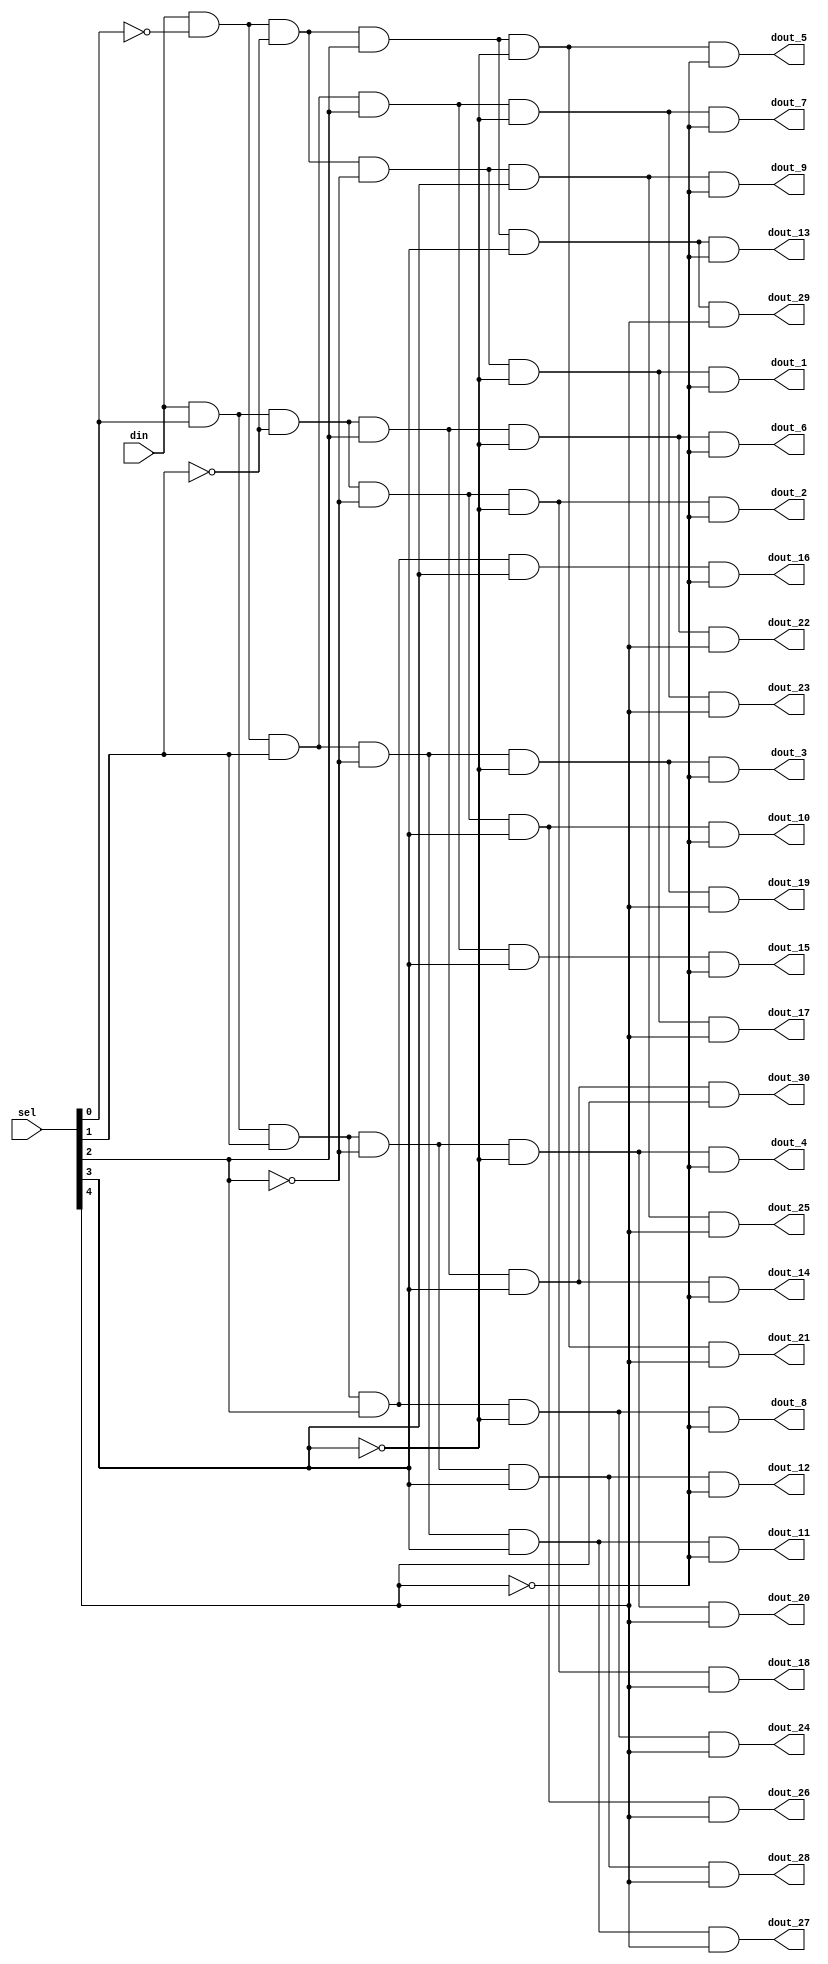
`timescale 1ns / 1ps



module 
 demux_1_to_30 
(
	input  din,
	input  [4:0] sel,
	output dout_1,
	output dout_2,
	output dout_3,
	output dout_4,
	output dout_5,
	output dout_6,
	output dout_7,
	output dout_8,
	output dout_9,
	output dout_10,
	output dout_11,
	output dout_12,
	output dout_13,
	output dout_14,
	output dout_15,
	output dout_16,
	output dout_17,
	output dout_18,
	output dout_19,
	output dout_20,
	output dout_21,
	output dout_22,
	output dout_23,
	output dout_24,
	output dout_25,
	output dout_26,
	output dout_27,
	output dout_28,
	output dout_29,
	output dout_30
);

	assign dout_1	= din & ( ~sel[0] ) & ( ~sel[1] ) & ( ~sel[2] ) & ( ~sel[3] ) & ( ~sel[4] );
	assign dout_2	= din & (  sel[0] ) & ( ~sel[1] ) & ( ~sel[2] ) & ( ~sel[3] ) & ( ~sel[4] );
	assign dout_3	= din & ( ~sel[0] ) & (  sel[1] ) & ( ~sel[2] ) & ( ~sel[3] ) & ( ~sel[4] );
	assign dout_4	= din & (  sel[0] ) & (  sel[1] ) & ( ~sel[2] ) & ( ~sel[3] ) & ( ~sel[4] );
	assign dout_5	= din & ( ~sel[0] ) & ( ~sel[1] ) & (  sel[2] ) & ( ~sel[3] ) & ( ~sel[4] );
	assign dout_6	= din & (  sel[0] ) & ( ~sel[1] ) & (  sel[2] ) & ( ~sel[3] ) & ( ~sel[4] );
	assign dout_7	= din & ( ~sel[0] ) & (  sel[1] ) & (  sel[2] ) & ( ~sel[3] ) & ( ~sel[4] );
	assign dout_8	= din & (  sel[0] ) & (  sel[1] ) & (  sel[2] ) & ( ~sel[3] ) & ( ~sel[4] );
	assign dout_9	= din & ( ~sel[0] ) & ( ~sel[1] ) & ( ~sel[2] ) & (  sel[3] ) & ( ~sel[4] );
	assign dout_10	= din & (  sel[0] ) & ( ~sel[1] ) & ( ~sel[2] ) & (  sel[3] ) & ( ~sel[4] );
	assign dout_11	= din & ( ~sel[0] ) & (  sel[1] ) & ( ~sel[2] ) & (  sel[3] ) & ( ~sel[4] );
	assign dout_12	= din & (  sel[0] ) & (  sel[1] ) & ( ~sel[2] ) & (  sel[3] ) & ( ~sel[4] );
	assign dout_13	= din & ( ~sel[0] ) & ( ~sel[1] ) & (  sel[2] ) & (  sel[3] ) & ( ~sel[4] );
	assign dout_14	= din & (  sel[0] ) & ( ~sel[1] ) & (  sel[2] ) & (  sel[3] ) & ( ~sel[4] );
	assign dout_15	= din & ( ~sel[0] ) & (  sel[1] ) & (  sel[2] ) & (  sel[3] ) & ( ~sel[4] );
	assign dout_16	= din & (  sel[0] ) & (  sel[1] ) & (  sel[2] ) & (  sel[3] ) & ( ~sel[4] );
	assign dout_17	= din & ( ~sel[0] ) & ( ~sel[1] ) & ( ~sel[2] ) & ( ~sel[3] ) & (  sel[4] );
	assign dout_18	= din & (  sel[0] ) & ( ~sel[1] ) & ( ~sel[2] ) & ( ~sel[3] ) & (  sel[4] );
	assign dout_19	= din & ( ~sel[0] ) & (  sel[1] ) & ( ~sel[2] ) & ( ~sel[3] ) & (  sel[4] );
	assign dout_20	= din & (  sel[0] ) & (  sel[1] ) & ( ~sel[2] ) & ( ~sel[3] ) & (  sel[4] );
	assign dout_21	= din & ( ~sel[0] ) & ( ~sel[1] ) & (  sel[2] ) & ( ~sel[3] ) & (  sel[4] );
	assign dout_22	= din & (  sel[0] ) & ( ~sel[1] ) & (  sel[2] ) & ( ~sel[3] ) & (  sel[4] );
	assign dout_23	= din & ( ~sel[0] ) & (  sel[1] ) & (  sel[2] ) & ( ~sel[3] ) & (  sel[4] );
	assign dout_24	= din & (  sel[0] ) & (  sel[1] ) & (  sel[2] ) & ( ~sel[3] ) & (  sel[4] );
	assign dout_25	= din & ( ~sel[0] ) & ( ~sel[1] ) & ( ~sel[2] ) & (  sel[3] ) & (  sel[4] );
	assign dout_26	= din & (  sel[0] ) & ( ~sel[1] ) & ( ~sel[2] ) & (  sel[3] ) & (  sel[4] );
	assign dout_27	= din & ( ~sel[0] ) & (  sel[1] ) & ( ~sel[2] ) & (  sel[3] ) & (  sel[4] );
	assign dout_28	= din & (  sel[0] ) & (  sel[1] ) & ( ~sel[2] ) & (  sel[3] ) & (  sel[4] );
	assign dout_29	= din & ( ~sel[0] ) & ( ~sel[1] ) & (  sel[2] ) & (  sel[3] ) & (  sel[4] );
	assign dout_30	= din & (  sel[0] ) & ( ~sel[1] ) & (  sel[2] ) & (  sel[3] ) & (  sel[4] );
	
endmodule